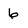
Character: 6